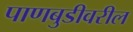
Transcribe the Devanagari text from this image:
पाणबुडीवरील